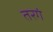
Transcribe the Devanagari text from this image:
तरगं